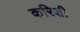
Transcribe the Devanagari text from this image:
करिशी